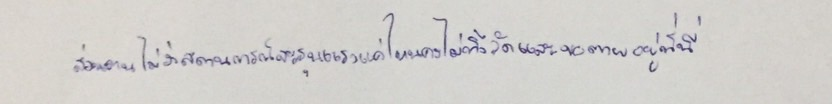
ส่วนตนไม่ว่าสถานการณ์จะรุนแรงแค่ไหนคงไม่ทิ้งวัดและขอตายอยู่ที่นี่